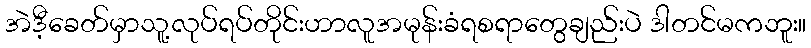
အဲဒီ့ခေတ်မှာသူ့လုပ်ရပ်တိုင်းဟာလူအမုန်းခံရစရာတွေချည်းပဲ ဒါတင်မကဘူး။